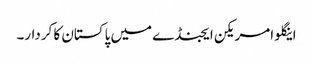
اینگلو امریکن ایجنڈے میں پاکستان کا کردار۔